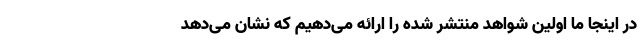
در اینجا ما اولین شواهد منتشر شده را ارائه می‌دهیم که نشان می‌دهد